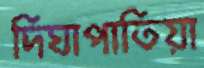
দিঘাপাতিয়া